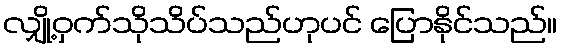
လျှို့ဝှက်သိုသိပ်သည်ဟုပင် ပြောနိုင်သည်။